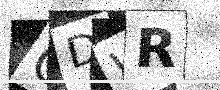
Text: GDWR